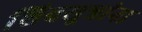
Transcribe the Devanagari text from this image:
शिवसूत्रांना